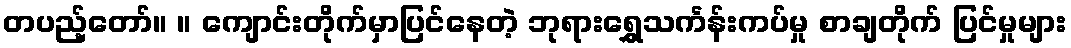
တပည့်တော်။ ။ ကျောင်းတိုက်မှာပြင်နေတဲ့ ဘုရားရွှေသင်္ကန်းကပ်မှု စာချတိုက် ပြင်မှုများ